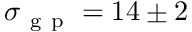
\sigma _ { \mathrm { ~ g ~ p ~ } } = 1 4 \pm 2